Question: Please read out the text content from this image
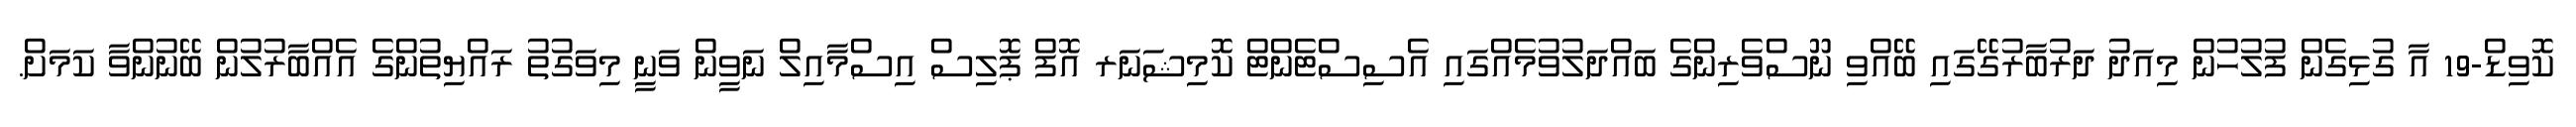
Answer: ކޮވިޑް-19 އާ ގުޅިގެން ފުލުހުން މިއަދު ދަރުބާރުގޭގައި ބޭއްވި ނޫސްވެރިންގެ ބައްދަލުވުމެއްގައި އެސިސްޓެންޓް ކޮމިޝަނަރ އޮފް ޕޮލިސް އިސްމާއިލް ނަވީން ވަނީ މިވަގުތު ރައްޔިތުންގެ އެއްބާރުލުން ބޭނުންވާ ކަމަށް.